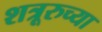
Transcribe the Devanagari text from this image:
शत्रूरुच्या